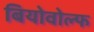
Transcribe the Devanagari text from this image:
बियोवोल्फ